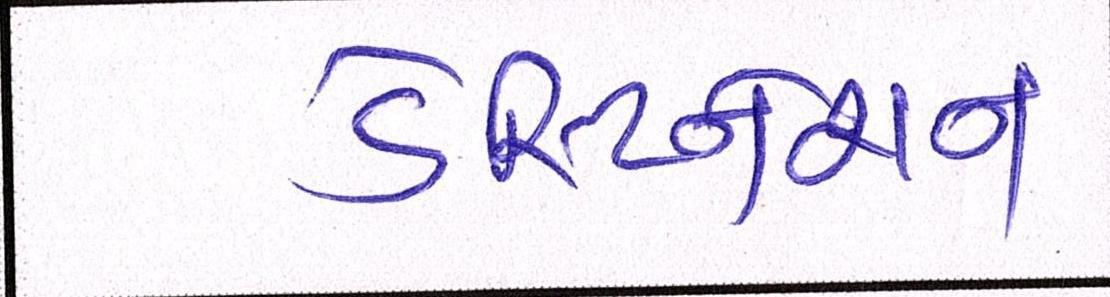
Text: ડેસ્ટિનેશન